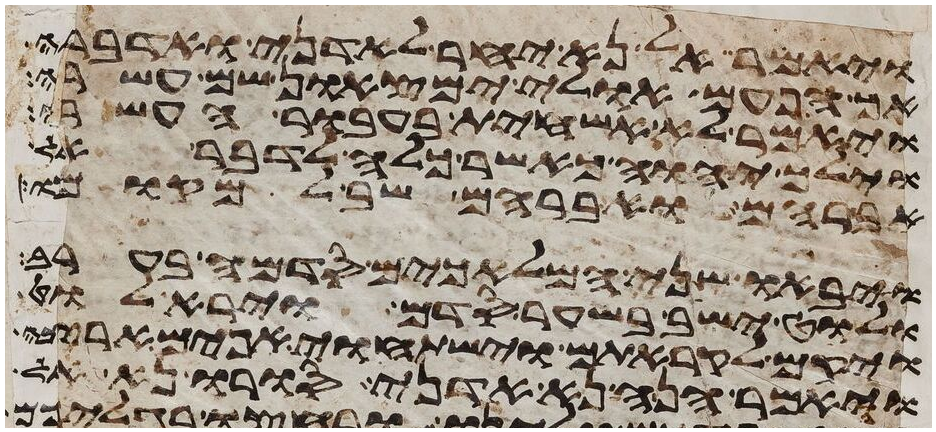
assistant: ויאמר אל נא יחר לאדני ואדברה
אך הפעם אולי ימצאון שם עשרה
ויאמר לא אשחית בעבור העשרים
וילך יהוה כאשר כלה לדבר אל
אברהם ואברהם שב למקומו
ויבאו שני המלאכים סדמה בערב
ולוט ישב בשער סדם וירא לוט
ויקם לקראתם וישתחוי אפים ארצה
ויאמר הנה נא אדני סורו נא אל